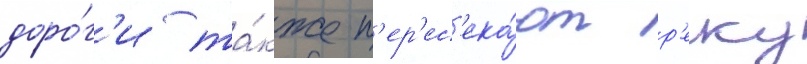
доро́г'и та́кже п'ер'ес'ека́ют р'еку